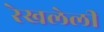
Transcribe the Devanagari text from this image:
रेखलेली